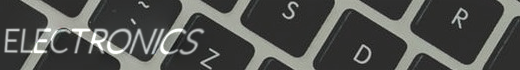
ELECTRONICS